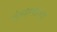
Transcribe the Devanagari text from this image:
दंतक्षयाचा